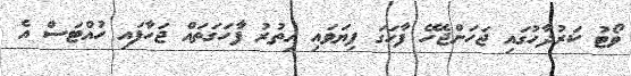
ވޯޓު ކަރުދާހުގައި ޖަހަންޖެހޭ ފާހަގަ ފިޔަވައި އިތުރު ފާހަގަތައް ޖަހާފައި ހުއްޓަސް އެ